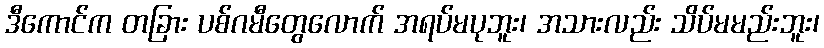
ဒီကောင်က တခြား ပစ်ဂမီတွေလောက် အရပ်မပုဘူး၊ အသားလည်း သိပ်မမည်းဘူး၊